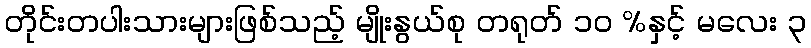
တိုင်းတပါးသားများဖြစ်သည့် မျိုးနွယ်စု တရုတ် ၁၀ %နှင့် မလေး ၃